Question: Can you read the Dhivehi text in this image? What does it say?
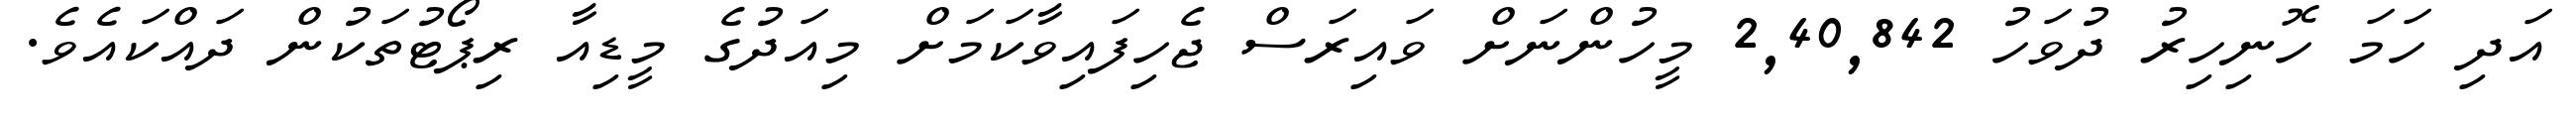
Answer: އަދި ހަމަ ހޮނިހިރު ދުވަހު 2,40,842 މީހުންނަށް ވައިރަސް ޖެހިފައިވާކަމަށް މިއަދުގެ މީޑިއާ ރިޕޯޓުތަކުން ދައްކައެވެ.